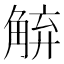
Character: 𮗱